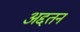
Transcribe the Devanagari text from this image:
अद्दतन